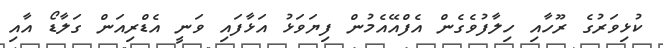
ކުޅިވަރުގެ ރޫހާއި ހިލާފުވެގެން އެފްއޭއެމުން ފިޔަވަޅު އަޅާފައި ވަނީ އެޑްރިއަން ގަލާޑޯ އާއި